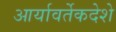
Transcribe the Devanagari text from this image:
आर्यावर्तेकदेशे